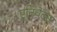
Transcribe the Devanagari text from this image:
एनिथेटस